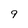
Character: 9